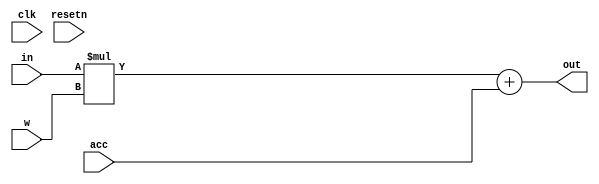
module PE(in, acc, w, out, resetn,clk);
input signed [7:0] in, acc, w;
output signed [7:0] out;
input clk , resetn;

wire signed [15:0] mult;
wire signed [16:0] mult_acc;

assign mult = in * w;
assign mult_acc = mult + acc;
assign out = mult_acc[7:0];

endmodule